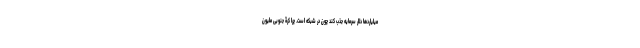
میلیاردها دلار سرمایه جذب کند چون در شبکه است. چرا کرۀ جنوبی ملیون